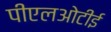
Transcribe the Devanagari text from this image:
पीएलओटीई